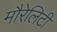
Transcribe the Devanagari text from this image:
मौरेलिटी